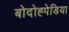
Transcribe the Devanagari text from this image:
बोदोह्पेडिया